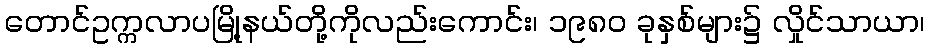
တောင်ဥက္ကလာပမြို့နယ်တို့ကိုလည်းကောင်း၊ ၁၉၈၀ ခုနှစ်များ၌ လှိုင်သာယာ၊